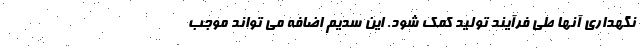
نگهداری آنها طی فرآیند تولید کمک شود. این سدیم اضافه می تواند موجب